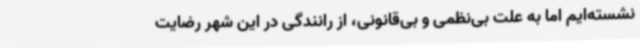
نشسته‌ایم اما به علت بی‌نظمی و بی‌قانونی، از رانندگی در این شهر رضایت